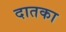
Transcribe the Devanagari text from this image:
दातका